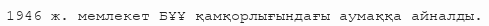
1946 ж. мемлекет БҰҰ қамқорлығындағы аумаққа айналды.